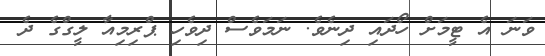
ވަނަ އެ ޓީމަށް ހޯދައި ދިނެވެ. ނަމަވެސް ދިވެހި ޕްރިމިއާ ލީގްގެ ދެ